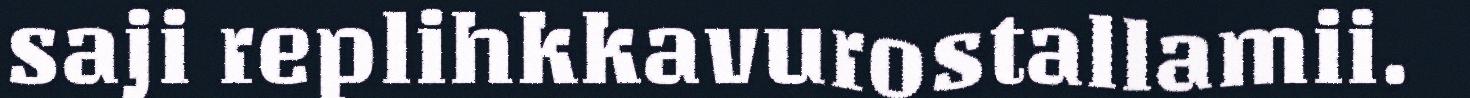
saji replihkkavurostallamii.